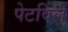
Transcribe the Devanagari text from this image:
पेटविले